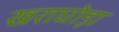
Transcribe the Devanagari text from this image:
खराघोड़ा